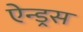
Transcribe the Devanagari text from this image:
ऐन्ड्रस